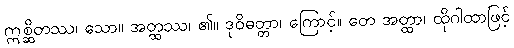
ဣစ္ဆိတဿ၊ သော။ အတ္ထဿ၊ ၏။ ဒုဝိဓတ္တာ၊ ကြောင့်။ တေ အတ္ထာ၊ ထိုဂါထာဖြင့်